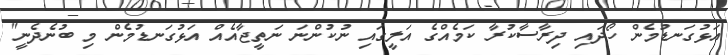
އަޅުގަނޑުމެން ހޯދައި ދިރާސާކުރާ ކަމެއްގެ އަލީގައި ނުކުންނަ ނަތީޖާއެއް އަޅުގަނޑުމެން މި ބުނެދެނީ"